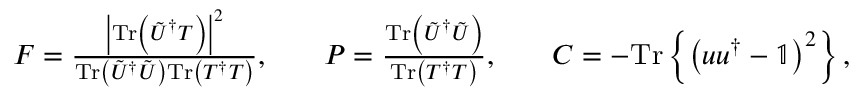
\begin{array} { r l r l r } { F = \frac { \left| \mathrm { T r } \left( \tilde { U } ^ { \dagger } T \right) \right| ^ { 2 } } { \mathrm { T r } \left( \tilde { U } ^ { \dagger } \tilde { U } \right) \mathrm { T r } \left( T ^ { \dagger } T \right) } , } & { } & { P = \frac { \mathrm { T r } \left( \tilde { U } ^ { \dagger } \tilde { U } \right) } { \mathrm { T r } \left( T ^ { \dagger } T \right) } , } & { } & { C = - \mathrm { T r } \left\{ \left( u u ^ { \dagger } - \mathbb { 1 } \right) ^ { 2 } \right\} , } \end{array}